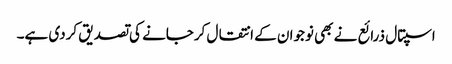
اسپتال ذرائع نے بھی نوجوان کے انتقال کرجانے کی تصدیق کردی ہے۔